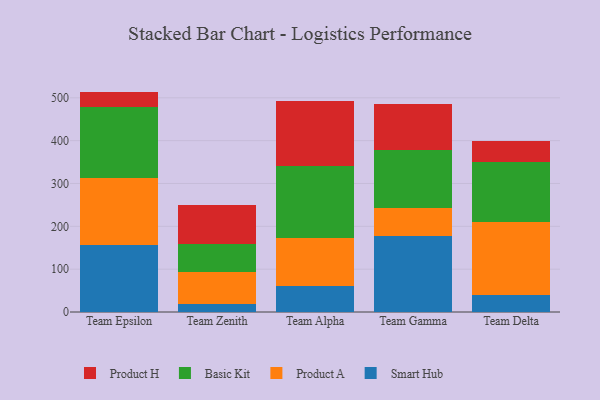
{"axis": {"x": "Team", "y": "Energy Usage (MWh)"}, "legend": ["Basic Kit", "Product A", "Product H", "Smart Hub"], "data": [{"x": "Team Epsilon", "y": 156.2, "type": "Smart Hub"}, {"x": "Team Epsilon", "y": 157.6, "type": "Product A"}, {"x": "Team Epsilon", "y": 163.9, "type": "Basic Kit"}, {"x": "Team Epsilon", "y": 36.8, "type": "Product H"}, {"x": "Team Zenith", "y": 17.7, "type": "Smart Hub"}, {"x": "Team Zenith", "y": 75.6, "type": "Product A"}, {"x": "Team Zenith", "y": 65.0, "type": "Basic Kit"}, {"x": "Team Zenith", "y": 91.0, "type": "Product H"}, {"x": "Team Alpha", "y": 60.2, "type": "Smart Hub"}, {"x": "Team Alpha", "y": 113.2, "type": "Product A"}, {"x": "Team Alpha", "y": 167.1, "type": "Basic Kit"}, {"x": "Team Alpha", "y": 153.2, "type": "Product H"}, {"x": "Team Gamma", "y": 177.8, "type": "Smart Hub"}, {"x": "Team Gamma", "y": 65.5, "type": "Product A"}, {"x": "Team Gamma", "y": 134.3, "type": "Basic Kit"}, {"x": "Team Gamma", "y": 108.3, "type": "Product H"}, {"x": "Team Delta", "y": 38.6, "type": "Smart Hub"}, {"x": "Team Delta", "y": 171.3, "type": "Product A"}, {"x": "Team Delta", "y": 141.4, "type": "Basic Kit"}, {"x": "Team Delta", "y": 47.3, "type": "Product H"}]}